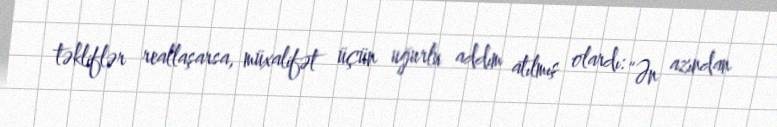
təkliflər reallaşarsa, müxalifət üçün uğurlu addım atılmış olardı: “Ən azından